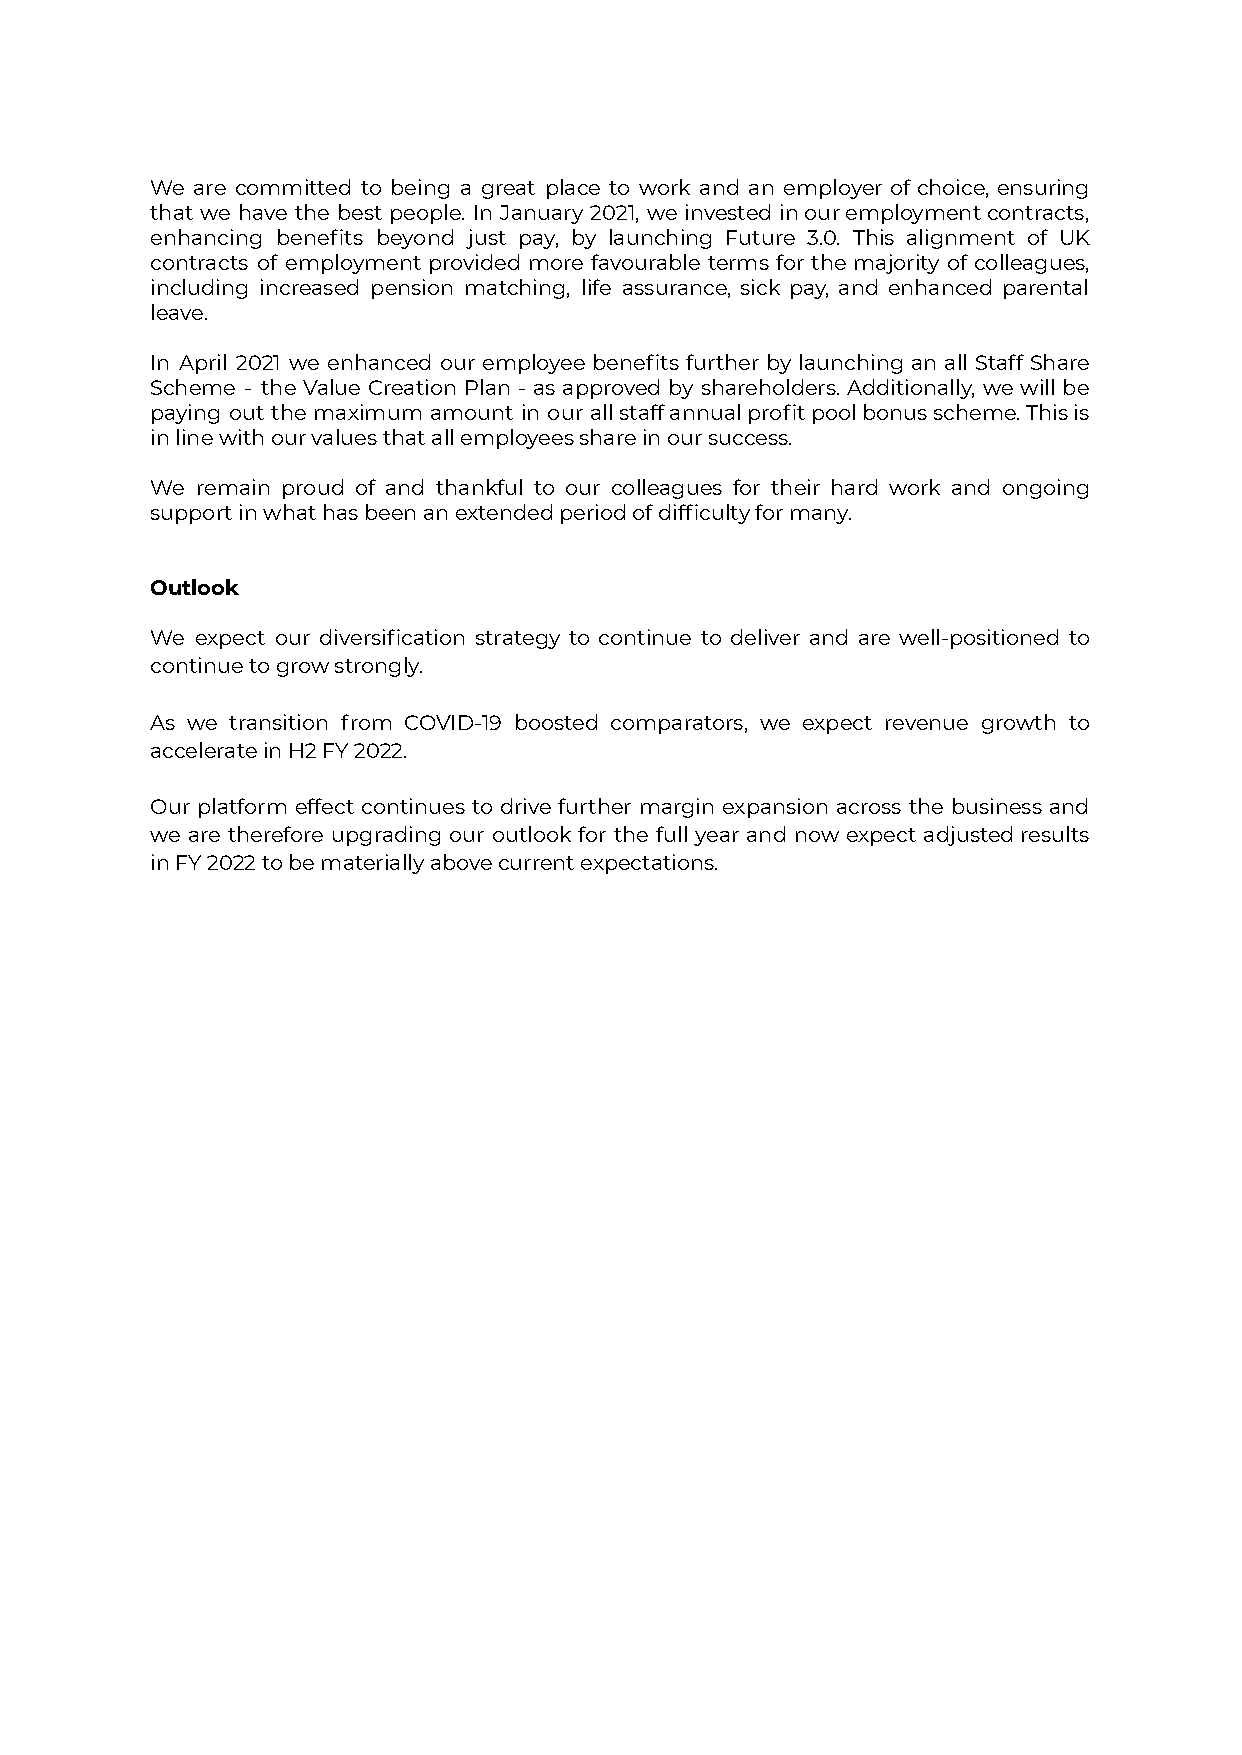
We are committed to being a great place to work and an employer of choice, ensuring
 that we have the best people. In January 2021, we invested inouremploymentcontracts,
 enhancing benefits beyond just pay, by launching Future 3.0. This alignment of UK
 contracts of employment provided more favourable terms for the majority of colleagues,
 including increased pension matching, life assurance, sick pay, and enhanced parental
 leave.
 In April 2021 we enhanced our employee benefits further by launching an all Staff Share
 Scheme - the Value Creation Plan - as approved by shareholders. Additionally, we will be
 paying out the maximum amount in our allstaffannualprofitpoolbonusscheme.Thisis
 in line with our values that all employees share in our success.
 We remain proud of and thankful to our colleagues for their hard work and ongoing
 support in what has been an extended period of difficulty for many.
 Outlook
 We expect our diversification strategy to continue to deliver and are well-positioned to
 continue to grow strongly.
 As we transition from COVID-19 boosted comparators, we expect revenue growth to
 accelerate in H2 FY 2022.
 Our platform effect continues to drive further margin expansion across the business and
 we are therefore upgrading our outlook for the full year and now expect adjustedresults
 in FY 2022 to be materially above current expectations.